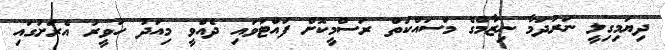
ދިޔަމިގިލީ ނަރުދަމާ ނިޒާމްގެ މަސައްކަތް ރަސްމީކޮށް ފައްޓަވައި ދެއްވީ މިއަދު ހަވީރު އެރަށުގައި